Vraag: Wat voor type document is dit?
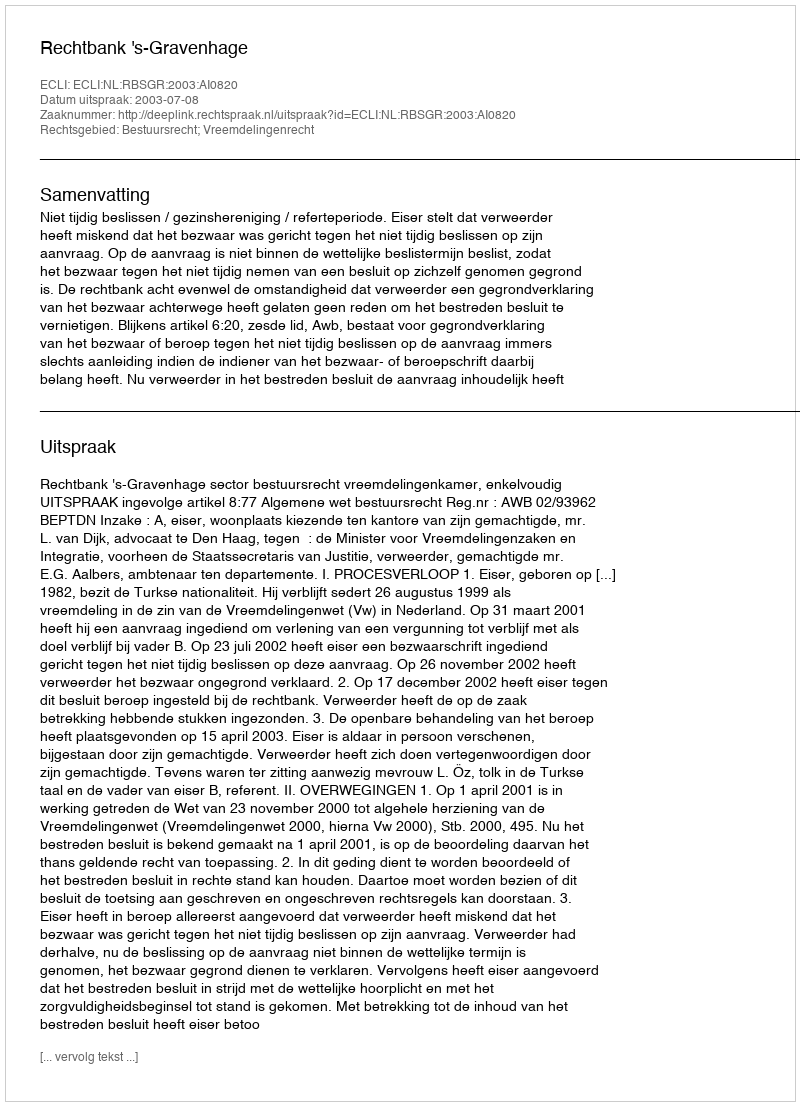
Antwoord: Uitspraak